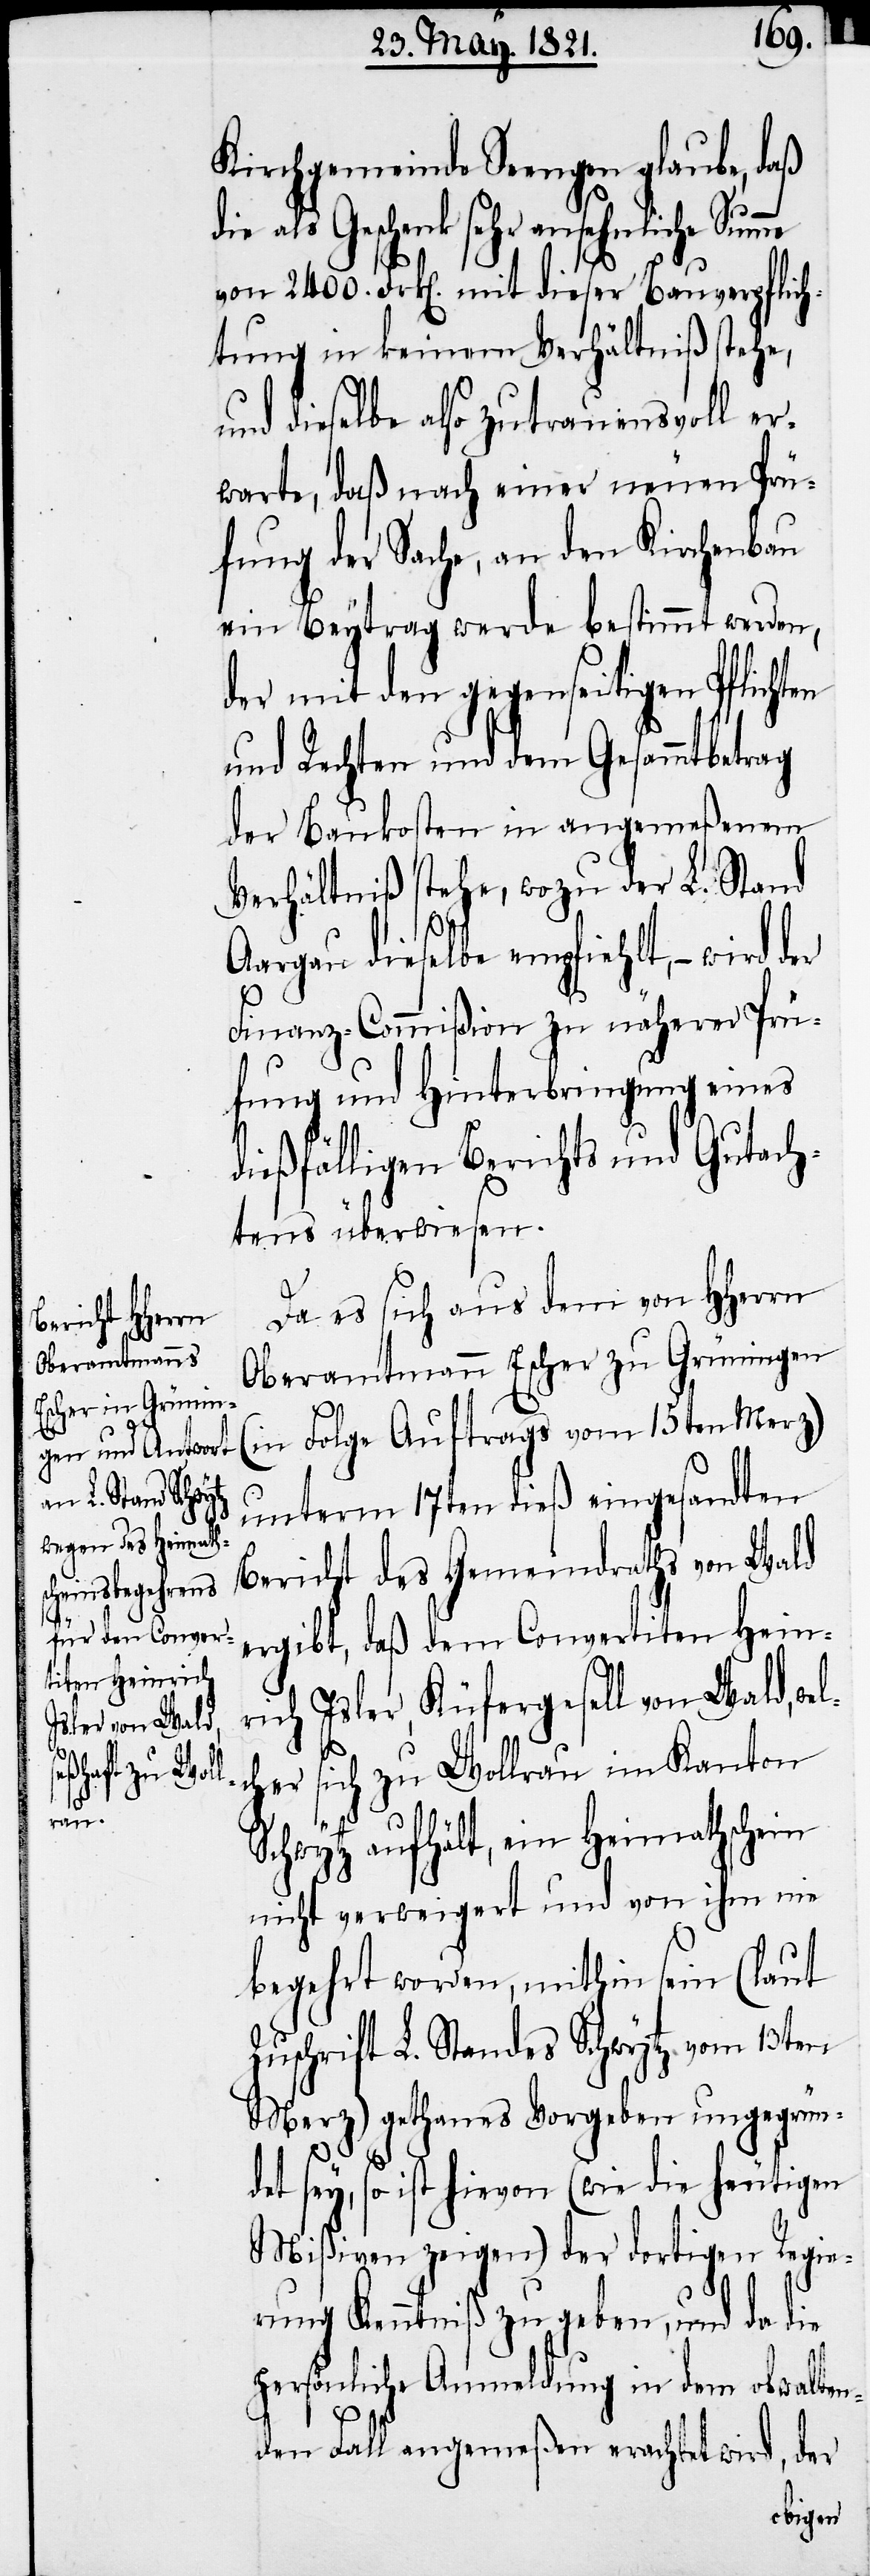
me

Kirchgemeinde Seengen glaube, daß
ein¬
die als Geschenk sehr ansehnliche Sum¬
von 2400. Frk[en]. mit dieser Bauverpflich¬
tung in keinem Verhältniß stehe,
und dieselbe also zutrauensvoll er¬
warte, daß nach einer neuen Prü¬
fung der Sache, an den Kirchenbau
ein Beytrag werde bestimmt werden,
der mit den gegenseitigen Pflichten
und Rechten und dem Gesammtbetrag
der Baukosten in angemeßenem
Verhältniß stehe, wozu der L. Stand
Aargau dieselbe empfiehlt, – wird
Finanz-Commißion zu näherer Prü¬
fung und Hinterbringung eines
dießfälligen Berichts und Gutach¬
tens überwiesen.
Da es sich aus dem von HHerrn
Oberamtmann Escher zu Grüningen
(in Folge Auftrags vom 15ten Merz)
unterm 17ten dieß eingesandten
Bericht des Gemeindraths von Wald
ergibt, daß dem Convertiten Hein¬
rich Isler, Küfergesell von Wald, we¬
lcher sich zu Wollerau im Kanton
Schwytz aufhält, ein Heimathschein
nicht verweigert und von ihm nie
begehrt worden, mithin sein (laut
Zuschrift L. Standes Schwytz vom 13ten
Merz) gethanes Vorgeben ungegrün¬
det sey, so ist hievon (wie die heutigen
Mißiven zeigen) der dortigen Regie¬
rung Kenntniß zu geben, und da die
persönliche Anmeldung in dem obwalten¬
den Fall angemeßen erachtet wird, der